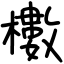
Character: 櫢